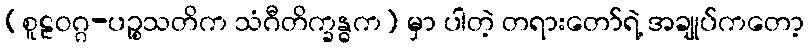
(စူဠဝဂ္ဂ-ပဉ္စသတိက သံဂီတိက္ခန္ဓက) မှာ ပါတဲ့ တရားတော်ရဲ့ အချုပ်ကတော့